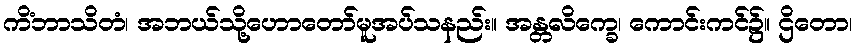
ကိံဘာသိတံ၊ အဘယ်သို့ဟောတော်မူအပ်သနည်း။ အန္တလိက္ခေ၊ ကောင်းကင်၌။ ဌိတော၊